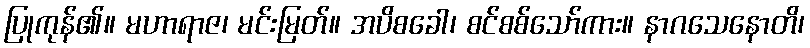
ပြုကုန်၏။ မဟာရာဇ၊ မင်းမြတ်။ အပိစခေါ၊ စင်စစ်သော်ကား။ နာဂသေနောတိ၊